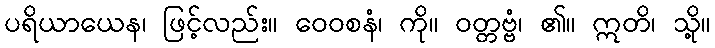
ပရိယာယေန၊ ဖြင့်လည်း။ ဝေဝစနံ၊ ကို။ ဝတ္တဗ္ဗံ၊ ၏။ ဣတိ၊ သို့။